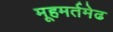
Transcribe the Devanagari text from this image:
मूहमर्तमेढ